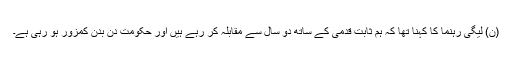
(ن) لیگی رہنما کا کہنا تھا کہ ہم ثابت قدمی کے ساتھ دو سال سے مقابلہ کر رہے ہیں اور حکومت دن بدن کمزور ہو رہی ہے۔